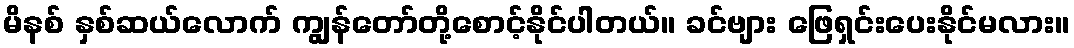
မိနစ် နှစ်ဆယ်လောက် ကျွန်တော်တို့စောင့်နိုင်ပါတယ်။ ခင်ဗျား ဖြေရှင်းပေးနိုင်မလား။